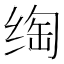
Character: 绹